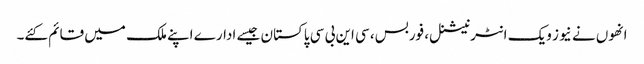
انھوں نے نیوز ویک انٹرنیشنل، فوربس، سی این بی سی پاکستان جیسے ادارے اپنے ملک میں قائم کئے۔